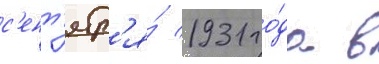
с'ент'ябр'я́ 1931 го́да в